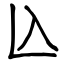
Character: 兦